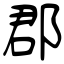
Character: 郡